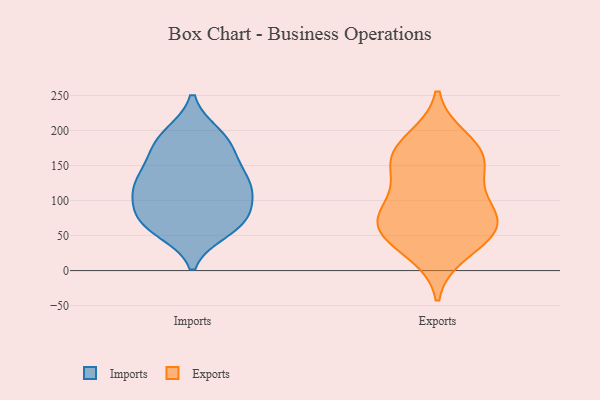
{"axis": {"x": "Backlog", "y": "Value"}, "legend": ["Exports", "Imports"], "data": [{"x": "", "y": 66, "type": "Imports"}, {"x": "", "y": 73, "type": "Imports"}, {"x": "", "y": 127, "type": "Imports"}, {"x": "", "y": 95, "type": "Imports"}, {"x": "", "y": 73, "type": "Imports"}, {"x": "", "y": 191, "type": "Imports"}, {"x": "", "y": 58, "type": "Imports"}, {"x": "", "y": 116, "type": "Imports"}, {"x": "", "y": 67, "type": "Imports"}, {"x": "", "y": 182, "type": "Imports"}, {"x": "", "y": 117, "type": "Imports"}, {"x": "", "y": 116, "type": "Imports"}, {"x": "", "y": 129, "type": "Imports"}, {"x": "", "y": 165, "type": "Imports"}, {"x": "", "y": 153, "type": "Imports"}, {"x": "", "y": 194, "type": "Imports"}, {"x": "", "y": 61, "type": "Exports"}, {"x": "", "y": 81, "type": "Exports"}, {"x": "", "y": 71, "type": "Exports"}, {"x": "", "y": 162, "type": "Exports"}, {"x": "", "y": 168, "type": "Exports"}, {"x": "", "y": 158, "type": "Exports"}, {"x": "", "y": 50, "type": "Exports"}, {"x": "", "y": 98, "type": "Exports"}, {"x": "", "y": 27, "type": "Exports"}, {"x": "", "y": 61, "type": "Exports"}, {"x": "", "y": 186, "type": "Exports"}, {"x": "", "y": 132, "type": "Exports"}]}